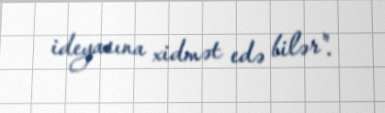
ideyasına xidmət edə bilər".